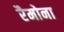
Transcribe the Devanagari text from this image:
रैमोना